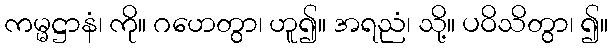
ကမ္မဋ္ဌာနံ၊ ကို။ ဂဟေတွာ၊ ဟူ၍။ အရညံ၊ သို့။ ပဝိသိတွာ၊ ၍။